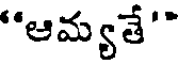
"ఆమ్యతే'"